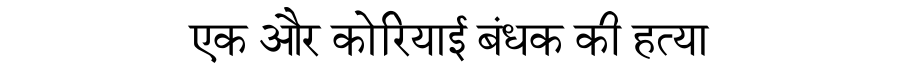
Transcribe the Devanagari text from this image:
एक और कोरियाई बंधक की हत्या